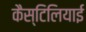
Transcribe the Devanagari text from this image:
कैस्टिलियाई